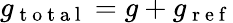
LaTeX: g_{\mathrm{~t~o~t~a~l~}}=g+g_{\mathrm{~r~e~f~}}